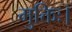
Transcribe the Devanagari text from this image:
मुक्तिः।